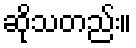
ဆိုသတည်း။